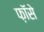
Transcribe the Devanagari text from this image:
फ़ॉसे